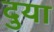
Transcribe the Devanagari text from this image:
दुया